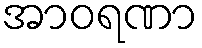
အာဝရဏာ